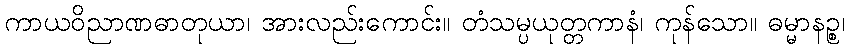
ကာယဝိညာဏဓာတုယာ၊ အားလည်းကောင်း။ တံသမ္ပယုတ္တကာနံ၊ ကုန်သော။ ဓမ္မာနဉ္စ၊